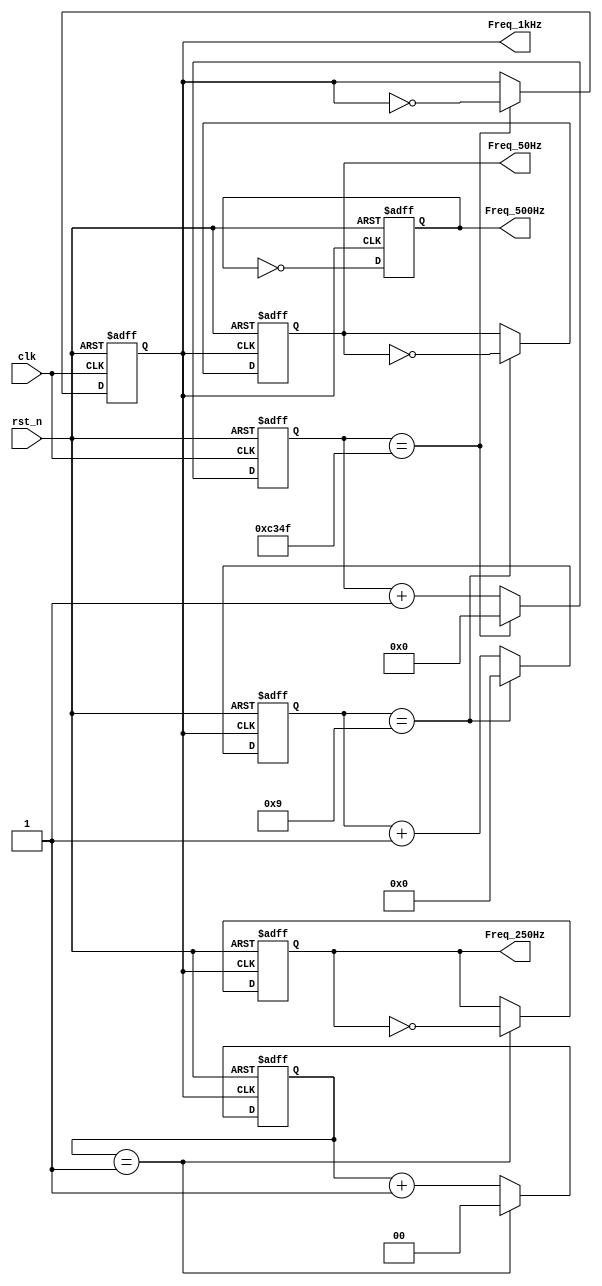
`timescale 1ns / 1ps
//////////////////////////////////////////////////////////////////////////////////
// Company: 
// Engineer: 
// 
// Design Name: 
// Module Name: FreqDiv
// Project Name: 
// Target Devices: 
// Tool Versions: 
// Description: 
// 
// Dependencies: 
// 
// Revision:
// Revision 0.01 - File Created
// Additional Comments:
// 
//////////////////////////////////////////////////////////////////////////////////


module FreqDiv(
    input wire rst_n,clk,
    output reg Freq_1kHz = 1'b0,
    output reg Freq_250Hz = 1'b0,
    output reg Freq_500Hz = 1'b0,
    output reg Freq_50Hz  = 1'b0
    
);
    reg [15:0] counter_1kHz = 16'd0;
    reg  [1:0] cnt_250Hz = 2'b0;
    reg  [3:0] cnt_50Hz = 4'b0;
    parameter Par_100M = 50000000;
    parameter Par_1k = 500;
    
always @ (posedge clk ,negedge rst_n )
begin    
    if(!rst_n)
    begin
        counter_1kHz <= 16'd0;;
        Freq_1kHz <= 1'b0;
    end
    else if( counter_1kHz == ( Par_100M/1000 - 1) )
    begin
        Freq_1kHz <= ~Freq_1kHz;
        counter_1kHz <= 0;
    end
    else
        counter_1kHz <= counter_1kHz + 1;
end  

//250Hz
always @ (posedge Freq_1kHz ,negedge rst_n )
begin    
    if(!rst_n)
    begin
        cnt_250Hz <= 2'b0;
        Freq_250Hz <= 1'b0;
    end
    else if( cnt_250Hz == ( Par_1k/250 - 1) )
    begin
        Freq_250Hz <= ~Freq_250Hz;
        cnt_250Hz <= 2'b0;
    end
    else
        cnt_250Hz <= cnt_250Hz + 1;
end  

//500Hz
always @ (posedge Freq_1kHz ,negedge rst_n )
begin    
    if(!rst_n)
    begin
        Freq_500Hz <= 1'b0;
    end
    else
        Freq_500Hz = ~Freq_500Hz ;
end  


//50Hz
always @ (posedge Freq_1kHz ,negedge rst_n )
begin    
    if(!rst_n)
    begin
        cnt_50Hz <=  4'b0;
        Freq_50Hz <= 1'b0;
    end
    else if( cnt_50Hz == ( Par_1k/50 - 1) )
    begin
        Freq_50Hz <= ~Freq_50Hz;
        cnt_50Hz <=  4'b0;
    end
    else
        cnt_50Hz <= cnt_50Hz + 1;
end 


endmodule